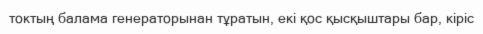
токтың балама генераторынан тұратын, екі қос қысқыштары бар, кіріс